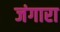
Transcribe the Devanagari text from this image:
जंगारा